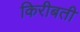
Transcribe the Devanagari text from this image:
किरीबती